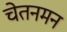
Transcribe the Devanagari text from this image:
चेतनमन